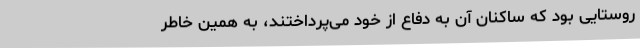
روستایی بود که ساکنان آن به دفاع از خود می‌پرداختند، به همین خاطر